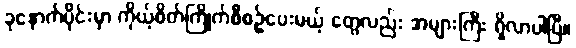
ခုနောက်ပိုင်းမှာ ကိုယ့်စိတ်ကြိုက်စီစဉ်ပေးမယ့် တွေလည်း အများကြီး ရှိလာပါပြီ။